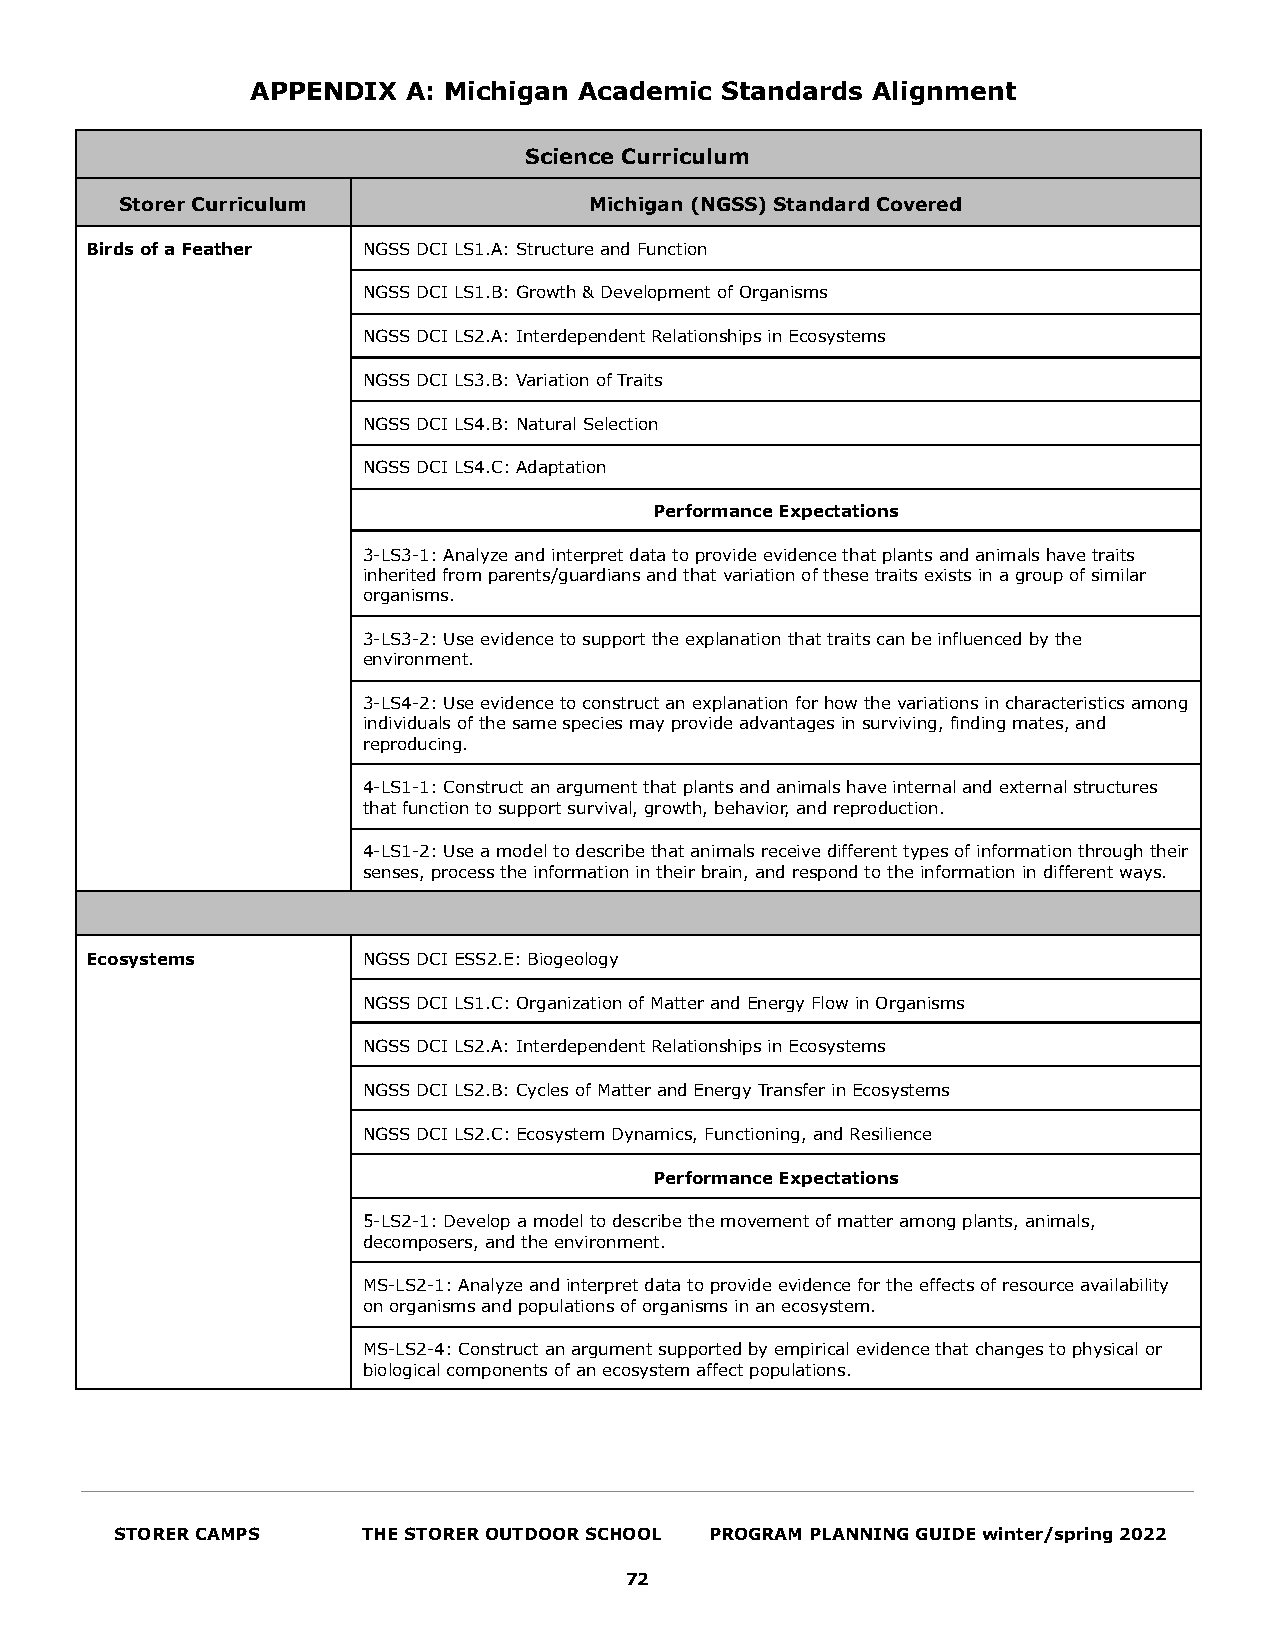
APPENDIX  A: Michigan Academic Standards Alignment
 Science Curriculum
 Storer Curriculum              Michigan (NGSS) Standard Covered
 Birds of a Feather NGSS DCI LS1.A: Structure and Function
 NGSS DCI LS1.B: Growth & Development of Organisms
 NGSS DCI LS2.A: Interdependent Relationships in Ecosystems
 NGSS DCI LS3.B: Variation of Traits
 NGSS DCI LS4.B: Natural Selection
 NGSS DCI LS4.C: Adaptation
 Performance Expectations
 3-LS3-1: Analyze and interpret data to provide evidence that plants and animals have traits
 inherited from parents/guardians and that variation of these traits exists in a group of similar
 organisms.
 3-LS3-2: Use evidence to support the explanation that traits can be influenced by the
 environment.
 3-LS4-2: Use evidence to construct an explanation for how the variations in characteristics among
 individuals of the same species may provide advantages in surviving, finding mates, and
 reproducing.
 4-LS1-1: Construct an argument that plants and animals have internal and external structures
 that function to support survival, growth, behavior, and reproduction.
 4-LS1-2: Use a model to describe that animals receive different types of information through their
 senses, process the information in their brain, and respond to the information in different ways.
 Ecosystems        NGSS DCI ESS2.E: Biogeology
 NGSS DCI LS1.C: Organization of Matter and Energy Flow in Organisms
 NGSS DCI LS2.A: Interdependent Relationships in Ecosystems
 NGSS DCI LS2.B: Cycles of Matter and Energy Transfer in Ecosystems
 NGSS DCI LS2.C: Ecosystem Dynamics, Functioning, and Resilience
 Performance Expectations
 5-LS2-1: Develop a model to describe the movement of matter among plants, animals,
 decomposers, and the environment.
 MS-LS2-1: Analyze and interpret data to provide evidence for the effects of resource availability
 on organisms and populations of organisms in an ecosystem.
 MS-LS2-4: Construct an argument supported by empirical evidence that changes to physical or
 biological components of an ecosystem affect populations.
 STORER CAMPS    THE STORER OUTDOOR SCHOOL PROGRAM PLANNING GUIDE winter/spring 2022
 72